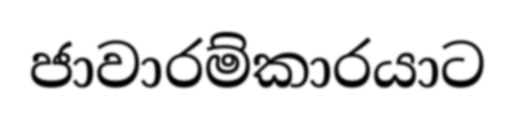
ජාවාරම්කාරයාට